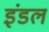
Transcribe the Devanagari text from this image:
इंडल